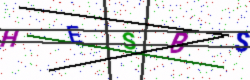
Text: HESBS